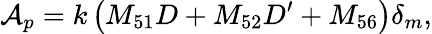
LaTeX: \mathcal{A}_{p}=k\left(M_{51}D+M_{52}D^{\prime}+M_{56}\right)\delta_{m},